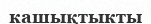
кашықтыкты